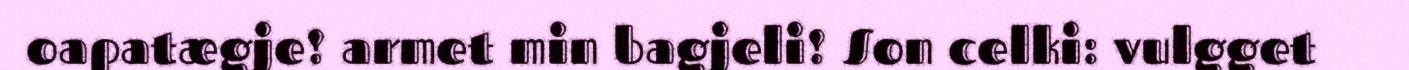
oapatægje! armet min bagjeli! Son celki: vulgget